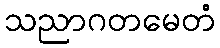
သညာဂတမေတံ